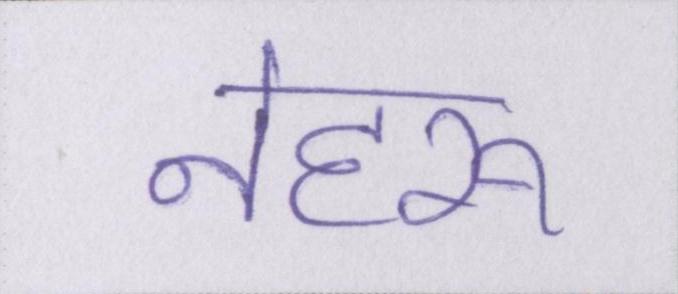
नेहरू